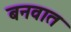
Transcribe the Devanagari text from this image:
बनवात